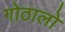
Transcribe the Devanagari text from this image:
गोठालो